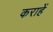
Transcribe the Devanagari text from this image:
कराहें